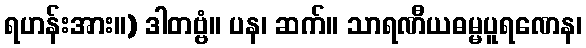
ရဟန်းအား။) ဒါတဗ္ဗံ။ ပန၊ ဆက်။ သာရဏီယဓမ္မပူရဏေန၊